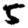
Digit: 5